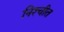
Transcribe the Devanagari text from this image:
निश्‍चीत